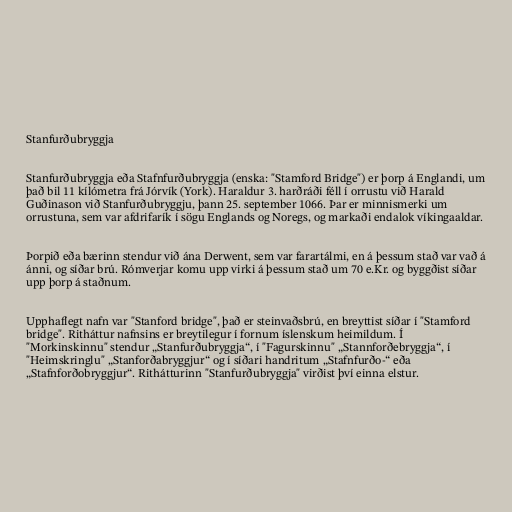
Stanfurðubryggja

Stanfurðubryggja eða Stafnfurðubryggja (enska: "Stamford Bridge") er þorp á Englandi, um
það bil 11 kílómetra frá Jórvík (York). Haraldur 3. harðráði féll í orrustu við Harald
Guðinason við Stanfurðubryggju, þann 25. september 1066. Þar er minnismerki um
orrustuna, sem var afdrifarík í sögu Englands og Noregs, og markaði endalok víkingaaldar.

Þorpið eða bærinn stendur við ána Derwent, sem var farartálmi, en á þessum stað var vað á
ánni, og síðar brú. Rómverjar komu upp virki á þessum stað um 70 e.Kr. og byggðist síðar
upp þorp á staðnum.

Upphaflegt nafn var "Stanford bridge", það er steinvaðsbrú, en breyttist síðar í "Stamford
bridge". Ritháttur nafnsins er breytilegur í fornum íslenskum heimildum. Í
"Morkinskinnu" stendur „Stanfurðubryggja“, í "Fagurskinnu" „Stannforðebryggja“, í
"Heimskringlu" „Stanforðabryggjur“ og í síðari handritum „Stafnfurðo-“ eða
„Stafnforðobryggjur“. Rithátturinn "Stanfurðubryggja" virðist því einna elstur.